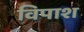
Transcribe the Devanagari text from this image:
विपाश